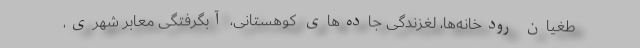
طغیان رودخانه‌ها، لغزندگی جاده‌های کوهستانی، آبگرفتگی معابر شهری،